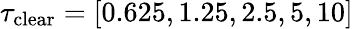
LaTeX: \tau_{\mathrm{clear}}=[0.625,1.25,2.5,5,10]